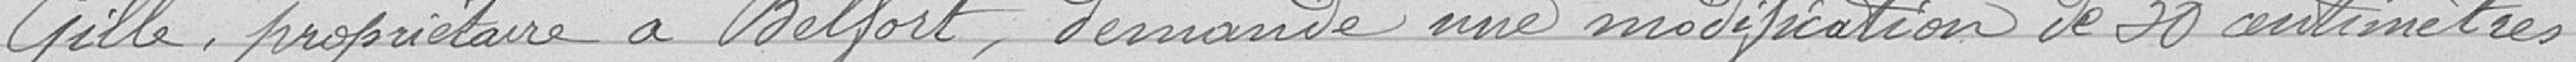
Gille, propriétaire à Belfort, demande une modification de 30 centimètres